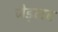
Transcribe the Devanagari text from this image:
जेड्लर